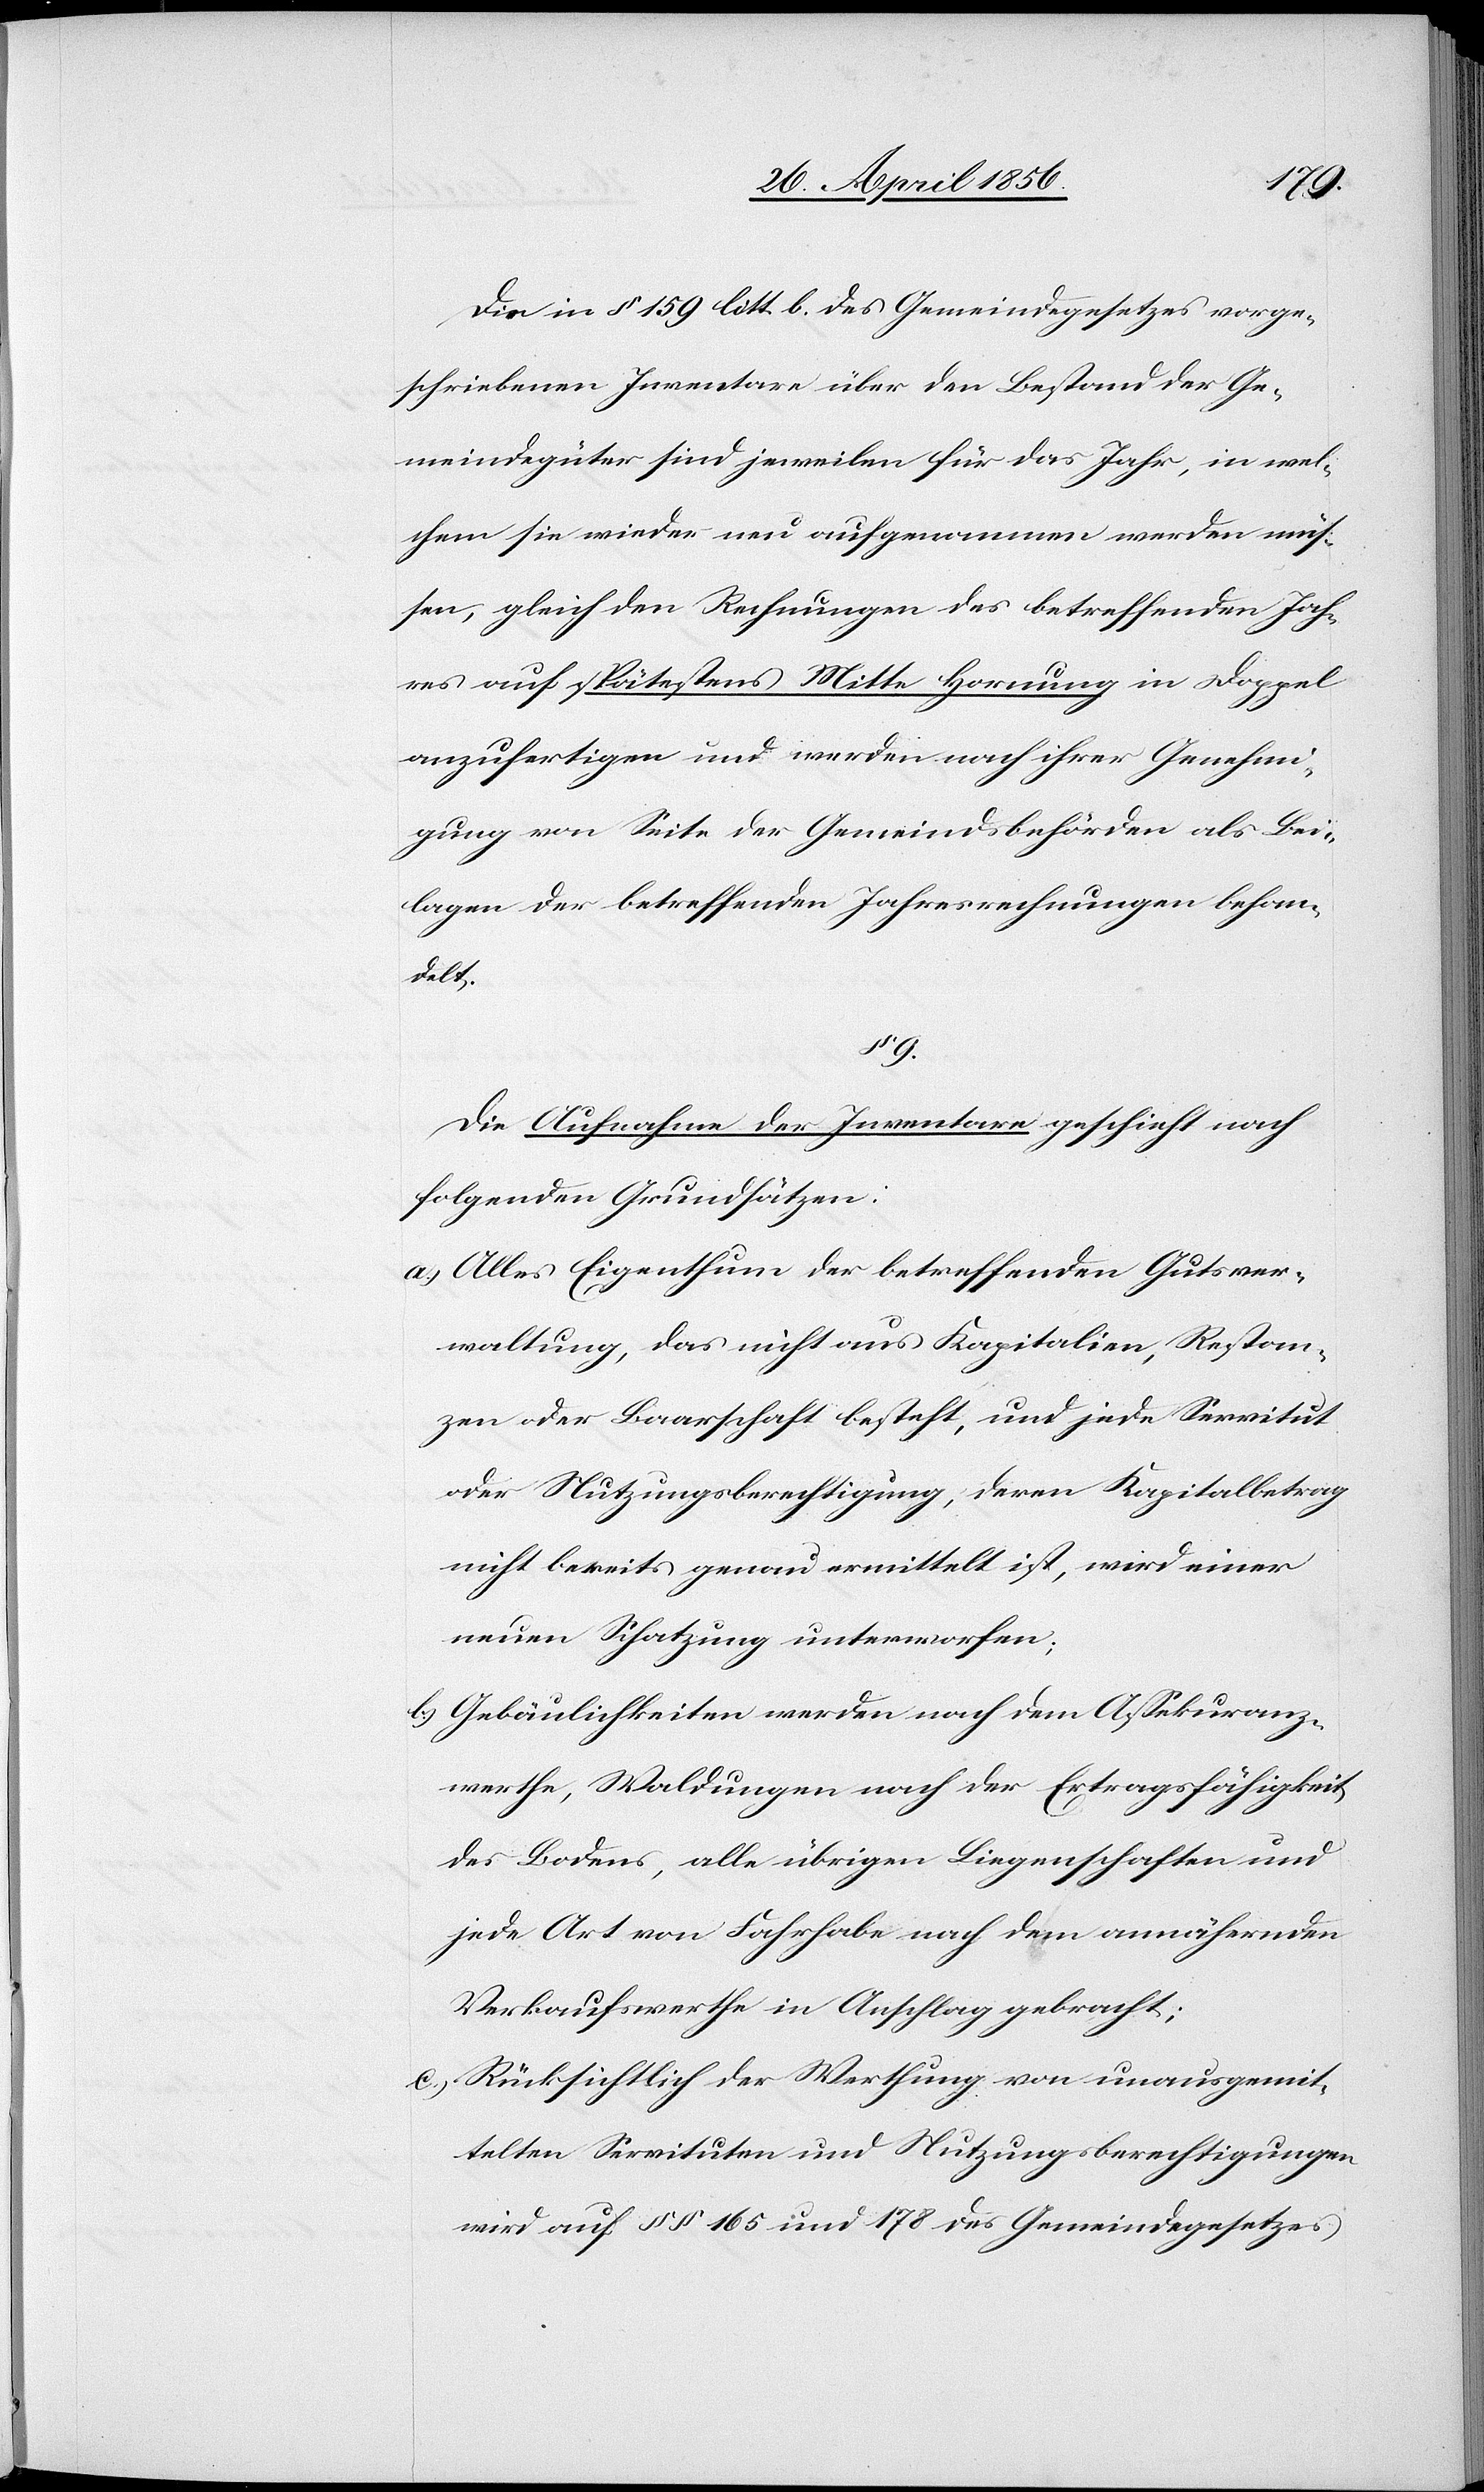
Die in § 159 litt. b. des Gemeindegesetzes vorge¬
schriebenen Inventare über den Bestand der Ge¬
meindegüter sind jeweilen für das Jahr, in wel¬
chem sie wieder neu aufgenommen werden müs¬
sen, gleich den Rechnungen des betreffenden Jah¬
res auf spätestens Mitte Hornung in Doppel
anzufertigen und werden nach ihrer Genehmi¬
gung von Seite der Gemeindsbehörden als Bei¬
lagen der betreffenden Jahresrechnungen behan¬
delt.
9.
Die Aufnahme der Inventare geschieht nach
folgenden Grundsätzen:
a.) Alles Eigenthum der betreffenden Gutsver¬
waltung, das nicht aus Kapitalien, Restan¬
zen oder Baarschaft besteht, und jede Servitut
oder Nutzungsberechtigung, deren Kapitalbetrag
nicht bereits genau ermittelt ist, wird einer
neuen Schatzung unterworfen;
b.) Gebäulichkeiten werden nach dem Assekuranz¬
werthe, Waldungen nach der Ertragsfähigkeit
des Bodens, alle übrigen Liegenschaften und
jede Art von Fahrhabe nach dem annähernden
Verkaufswerthe in Anschlag gebracht;
c.) Rücksichtlich der Werthung von unausgemit¬
telten Servituten und Nutzungsberechtigungen
wird auf §§ 165 und 178 des Gemeindegesetzes